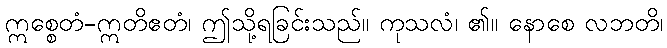
ဣစ္စေတံ-ဣတိဧတံ၊ ဤသို့ရခြင်းသည်။ ကုသလံ၊ ၏။ နောစေ လဘတိ၊